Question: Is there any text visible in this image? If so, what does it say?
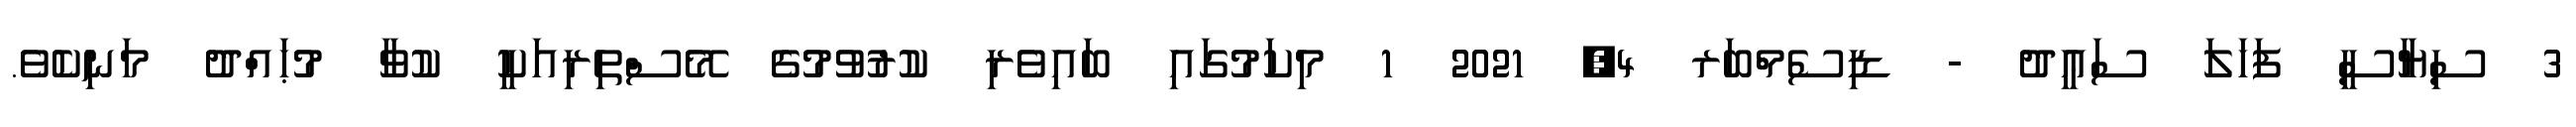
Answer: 3 ސިޔާސީ ފަހަލަ ސަޢީދު - ޑިސެމްބަރ 4, 2021 1 މިކަމުގައި ބައިވެރި ކުރުވުމުގެ މޭސްތިރިއަކީ ކުވާ މުޙައްދު މަނިކެވެ.